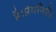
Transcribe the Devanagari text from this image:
है।प्रेमनिधि